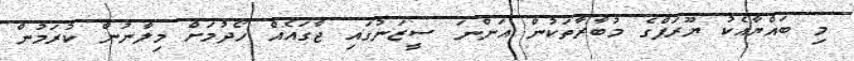
މި ބައްޔާއެކު ޔޫރަޕްގެ މުބާރާތަކުން އަންނަ ސީޒަނުގައި ޖާގައެއް ހޯދުމަށް މިލާނުން ކުރަމުން